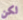
لكن